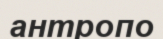
антропо